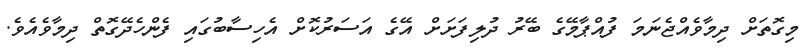
މިގޮތަށް ދިމާވެއްޖެނަމަ ފުއްޕާމޭގެ ބޭރު ދުލިފަށަށް އޭގެ އަސަރުކޮށް އެހިސާބުގައި ފެންހެދޭގޮތް ދިމާވެއެވެ.